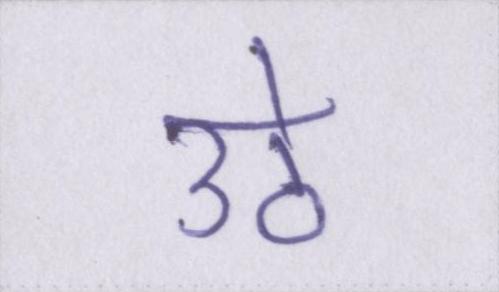
उठे